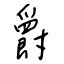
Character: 爵